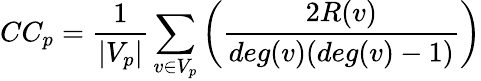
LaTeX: CC_{p}=\frac{1}{|V_{p}|}\sum_{v\in V_{p}}\bigg(\frac{2R(v)}{deg(v)(deg(v)-1)}\bigg)